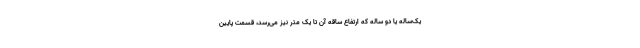
یک‌ساله یا دو ساله که ارتفاع ساقه آن تا یک متر نیز می‌رسد، قسمت پایین